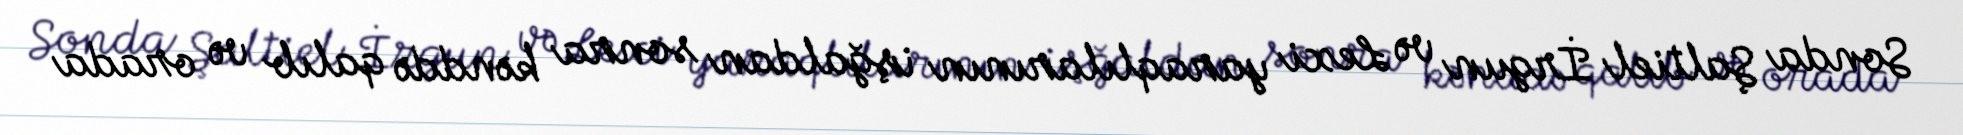
Sonda Şaltiel İrgun və Lexi yaraqlılarının işğaldan sonra kənddə qalıb və orada